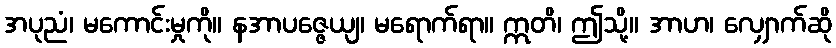
အပုညံ၊ မကောင်းမှုကို။ နအာပဇ္ဇေယျ၊ မရောက်ရာ။ ဣတိ၊ ဤသို့။ အာဟ၊ လျှောက်ဆို